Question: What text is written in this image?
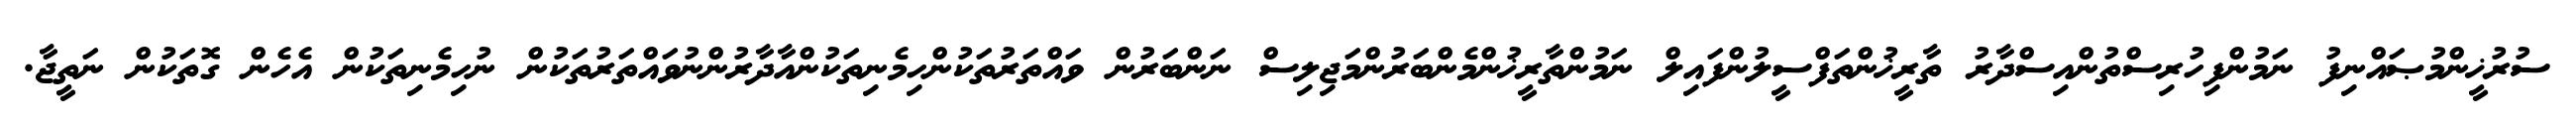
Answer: ސުރުޚީންމުޞައްނިފު ނަމުންފިހުރިސްތުންއިސްދާރު ތާރީޚުންތަފްސީލުންފައިލް ނަމުންތާރީޚުންމެންބަރުންމަޖިލިސް ނަންބަރުން ވައްތަރުތަކުންހިމެނިތަކުންއާދާރުންނުވައްތަރުތަކުން ނުހިމެނިތަކުން އެހެން ގޮތަކުން ނަތީޖާ.